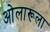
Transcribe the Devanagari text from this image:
ओलारूला